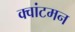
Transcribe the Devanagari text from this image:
क्वांटमन